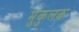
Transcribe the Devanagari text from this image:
मुकुलक